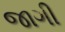
જાગી